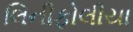
લિનીફોલીયા